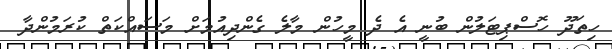
ހިތަދޫ ހޮސްޕިޓަލުން ބުނީ އެ ދެ މީހުން މާލެ ގެންދިއުމަށް މަސައްކަތް ކުރަމުންދާ